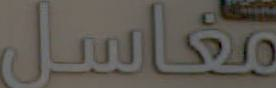
مغاسل